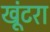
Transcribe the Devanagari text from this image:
खूंटरा